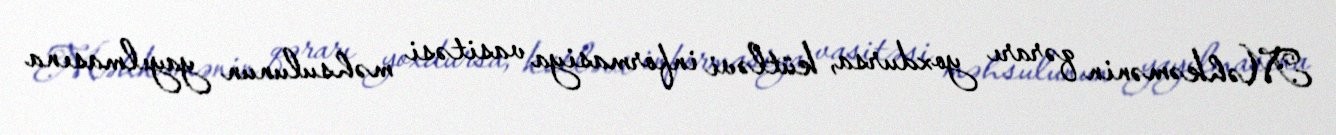
Məhkəmənin qərarı yoxdursa, kütləvi informasiya vasitəsi məhsulunun yayılmasına